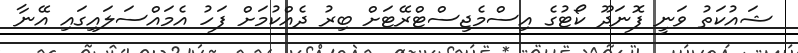
ޝައުކަތު ވަނީ ފޮނަދޫ ކޯޓުގެ އިސްމެޖިސްޓްރޭޓަށް ބިރު ދެއްކުމަށް ފަހު އެމައްސަލައިގައި އޭނާ